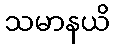
သမာနယိ